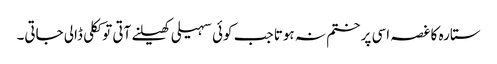
ستارہ کا غصہ اسی پر ختم نہ ہوتا جب کوئی سہیلی کھیلنے آتی تو ککلی ڈالی جاتی۔